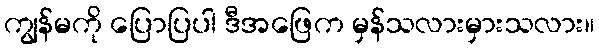
ကျွန်မကို ပြောပြပါ ဒီအဖြေက မှန်သလားမှားသလား။